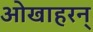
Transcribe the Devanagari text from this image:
ओखाहरन्